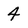
Character: 4